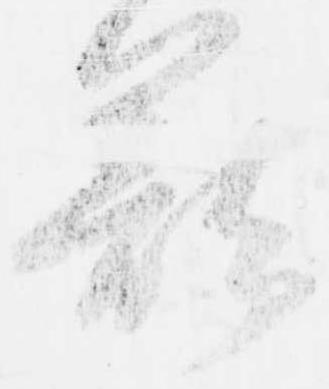
籠